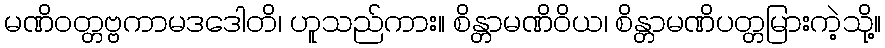
မဏိဝတ္တဗ္ဗကာမဒဒေါတိ၊ ဟူသည်ကား။ စိန္တာမဏိဝိယ၊ စိန္တာမဏိပတ္တမြားကဲ့သို့။